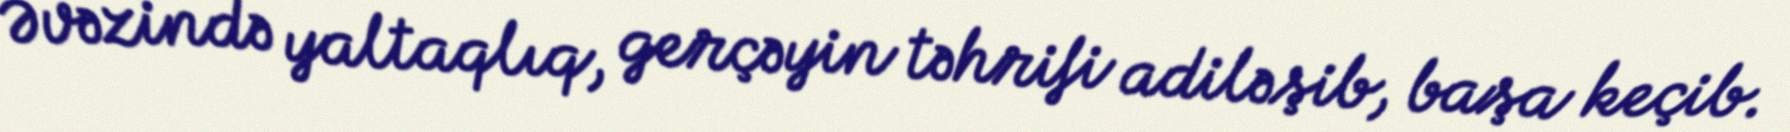
Əvəzində yaltaqlıq, gerçəyin təhrifi adiləşib, başa keçib.